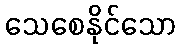
သေစေနိုင်သော